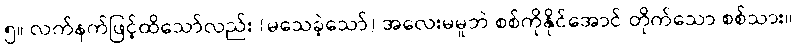
၅။ လက်နက်ဖြင့်ထိသော်လည်း (မသေခဲ့သော်) အလေးမမူဘဲ စစ်ကိုနိုင်အောင် တိုက်သော စစ်သား။